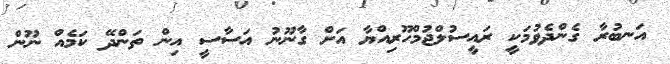
އަނބުރާ ގެންދެވުމަކީ ރައީސުލްޖުމްހޫރިއްޔާ އަށް ގާނޫނު އަސާސީ އިން ތަންދޭ ކަމެއް ނޫން